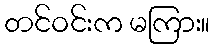
တင်ဝင်းက မကြား။